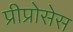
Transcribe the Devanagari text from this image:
प्रीप्रोसेस